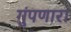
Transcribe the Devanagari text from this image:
गुंपणारा